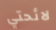
لائحتي